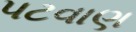
પટવાણ